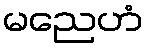
မညေဟံ